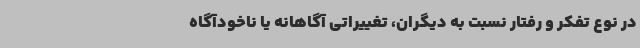
در نوع تفکر و رفتار نسبت به دیگران، تغییراتی آگاهانه یا ناخودآگاه